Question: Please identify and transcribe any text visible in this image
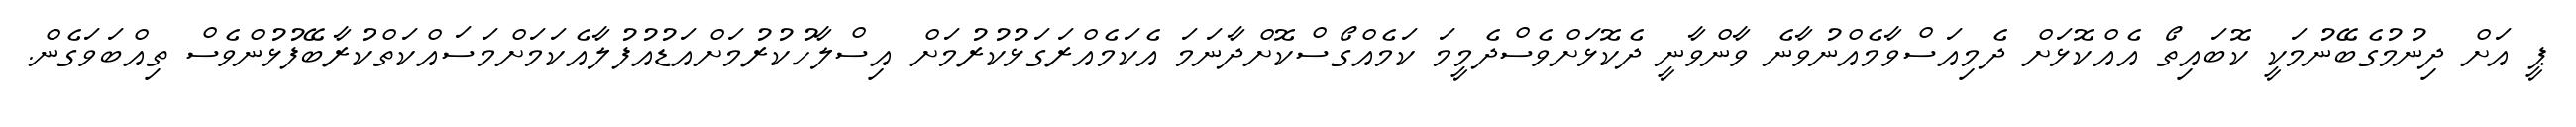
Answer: ޕީ އަށް ދިނުމުގެބޭނުމަކީ ކޮބައިތޯ އެއްކޮޅަށް ދެމިއަސްވާމެއްނުވާނެ ވާންވާނީ ދެކޮޅަށްވެސްދެމީމަ ކަމެއްގޯސްކޮށްދާނަމަ އެކަމެއްރަގަޅުކުރުމަށް އިސްލާހުކުރުމަށްއަޑުއުފުލާއެކަމަށްމަސައްކަތްކުރާބޭފުޅުންވެސް ތިއްބަވަގެން.